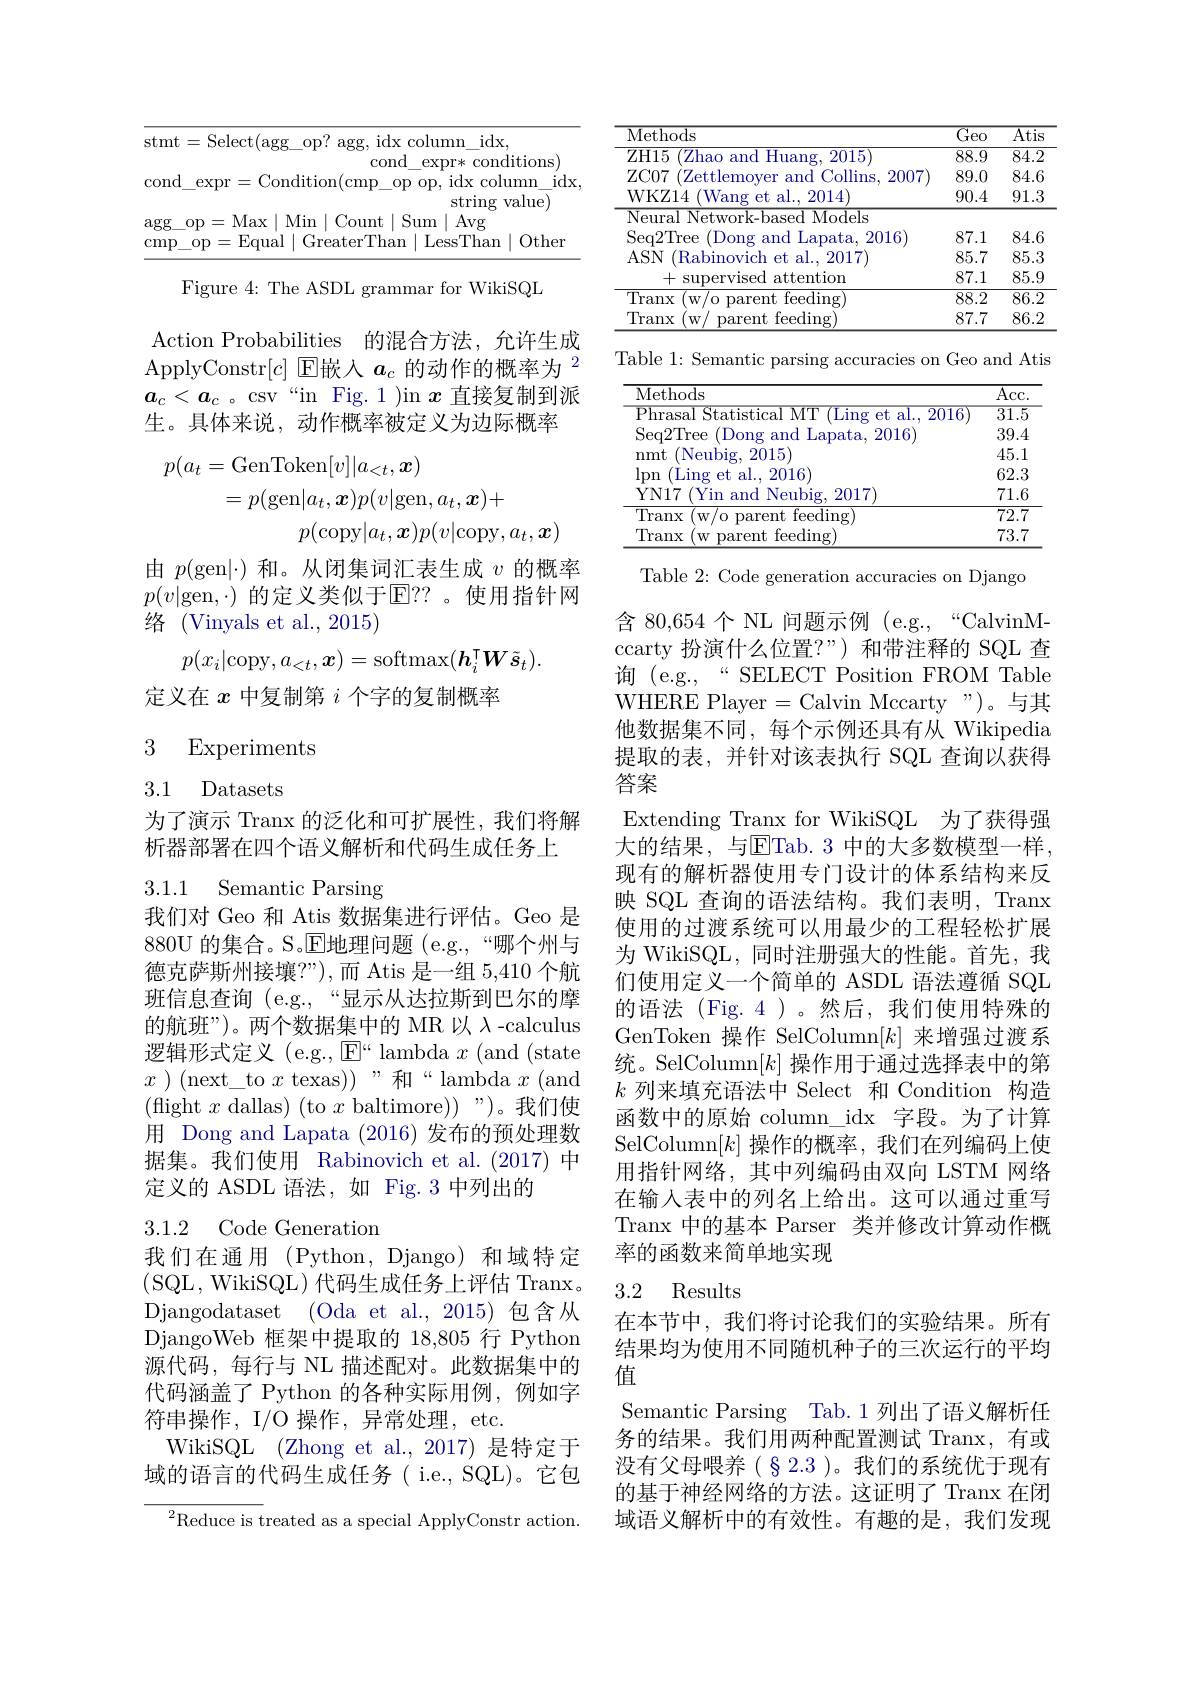
<table>
	<tbody>
		<tr>
			<th>stm</th>
			<th>$\operatorname{Select}(\operatorname{agg\_op?}\operatorname{agg,}\operatorname{idx}\operatorname{column\_idx}$, cond expr $\Upsilon x$ cond itions</th>
		</tr>
		<tr>
			<td>Con</td>
			<td>xpr= Condition( cmp$\_$op op, idx column idx string value</td>
		</tr>
		<tr>
			<td>$\arg$</td>
			<td>$1\mid$Avg 5 11 =Max$\mid$Min Count |Sum</td>
		</tr>
		<tr>
			<td>Cm</td>
			<td>Fallal $({\frac{1}{\mathbf{r}}})$ $r^{\prime}|$ham sThan Other</td>
		</tr>
	</tbody>
</table>

Figure 4: The ASDL grammar for WikiSQL

Action Probabilities 的混合方法，允许生成ApplyConstr$[c]$ E嵌入$a_c\text{ 的动作的概率为 }^2$ $a_c<a_c$ 。csv“in Fig.1 )in $x$直接复制到派生。具体来说，动作概率被定义为边际概率
$$\begin{aligned}p(a_{t}&=\mathrm{GenToken}[v]|a_{<t},\boldsymbol{x})\\&=p(\mathrm{gen}|a_t,\boldsymbol{x})p(v|\mathrm{gen},a_t,\boldsymbol{x})+\\&p(\mathrm{copy}|a_{t},\boldsymbol{x})p(v|\mathrm{copy},a_{t},\boldsymbol{x})\end{aligned}$$
由$p($gen$|\cdot)$和。从闭集词汇表生成$v$的概率$p(v|$gen,$\cdot)$ 的定义类似于$\mathbb{E}??$ 。使用指针网${\text{络(Vinyals et al.,2015)}}$
$$p(x_i|\mathrm{copy},a_{<t},\boldsymbol{x})=\mathrm{softmax}(\boldsymbol{h}_i^\intercal\boldsymbol{W}\tilde{\boldsymbol{s}}_t).$$
定义在$x$中复制第$i$个字的复制概率

3 Experiments

3.1 Datasets

为了演示 Tranx 的泛化和可扩展性，我们将解
析器部署在四个语义解析和代码生成任务上

# 3.1.1 Semantic Parsing

我们对 Geo 和 Atis 数据集进行评估。Geo 是880U 的集合。S。E地理问题 (e.g.,“哪个州与德克萨斯州接壤？"),而 Atis 是一组 5,410 个航班信息查询 (e.g.,“显示从达拉斯到巴尔的摩的航班”)。两个数据集中的 MR 以 -calculus 逻辑形式定义 (e.g., $\mathrm{E}^{\mathrm{«}}$ lambda $x$ (and (state $x$ ) (next\_to$x$ texas)) $”$和“lambda$x$ (and (flight $x$ dallas) (to $x$ baltimore))”)。我们使用 Dong and Lapata (2016)发布的预处理数据集。我们使用 Rabinovich et al.(2017) 中定义的 ASDL 语法，如 Fig.3 中列出的

3.1.2 Code Generation
我们在通用(Python,Django)和域特定(SQL,WikiSQL)代码生成任务上评估 Tranx。Djangodataset (Oda et al.,2015)包含从DjangoWeb 框架中提取的 18,805 行 Python 源代码，每行与 NL 描述配对。此数据集中的代码涵盖了 Python 的各种实际用例，例如字符串操作，I/O 操作，异常处理，etc.
WikiSQL (Zhong et al.,2017) 是特定于域的语言的代码生成任务( i.e., SQL)。它包
$^{2}$Reduce is treated as a special ApplyConstr action.

<table>
	<tbody>
		<tr>
			<th>${\mathrm{Methods}}$</th>
			<th>$\overline{\mathrm{Geo}}$</th>
			<th>$\overline{\mathrm{Atis}}$</th>
		</tr>
		<tr>
			<td>$\overline{ZH15}$ ${^{\prime}\text{Zhao and Huang, 2015}}$ 1</td>
			<td>88.9</td>
			<td>$\overline{84.2}$</td>
		</tr>
		<tr>
			<td>$ZC07$ Zettlemover and Collins, 2007)</td>
			<td>89.0</td>
			<td>84.6</td>
		</tr>
		<tr>
			<td>WKZ14 $^{\prime }$Wang et al. , 2014</td>
			<td>90.4</td>
			<td>91.3</td>
		</tr>
		<tr>
			<td>Neural Network-based Models</td>
			<td> </td>
			<td> </td>
		</tr>
		<tr>
			<td>Seq2Tree Dong and Lapata. 2016</td>
			<td>87.1</td>
			<td>84.6</td>
		</tr>
		<tr>
			<td>$ASN$ Rabinovich et al., 2017</td>
			<td>85.7</td>
			<td>85.3</td>
		</tr>
		<tr>
			<td>+supervised attention</td>
			<td>87.1</td>
			<td>85.9</td>
		</tr>
		<tr>
			<td>$\overline{\text{Tranx}}$ parent feeding $W/0$ 1</td>
			<td>88.2</td>
			<td>$\overline{86.2}$</td>
		</tr>
		<tr>
			<td>Tranx feeding $W$ parent</td>
			<td>87.7</td>
			<td>86.2</td>
		</tr>
	</tbody>
</table>

<table>
	<tbody>
		<tr>
			<th>$\overline{\mathrm{Methods}}$</th>
			<th>$\overline{\mathrm{Acc}}$</th>
		</tr>
		<tr>
			<td>20118</td>
			<td>$\overline{31.5}$</td>
		</tr>
		<tr>
			<td>$2^{r}|$ree 2016</td>
			<td>39.4</td>
		</tr>
		<tr>
			<td>2015 nmt Neubis</td>
			<td>45.1</td>
		</tr>
		<tr>
			<td>2016</td>
			<td>62.3</td>
		</tr>
		<tr>
			<td>2017) N 17 Velihic</td>
			<td>71.6</td>
		</tr>
		<tr>
			<td>$\overline{\text{Tranx}}$ parent feeding) $W/0$</td>
			<td>$\overline{72.7}$</td>
		</tr>
		<tr>
			<td>feeding)</td>
			<td>73.7</td>
		</tr>
	</tbody>
</table>

Table 2: Code generation accuracies on Django

含 80,654 个 NL 问题示例 (e.g.,“CalvinMccarty 扮演什么位置？”)和带注释的 SQL 查询(e.g.,“SELECT Position FROM Table WHERE Player=Calvin Mccarty")。与其他数据集不同，每个示例还具有从 Wikipedia 提取的表，并针对该表执行 SQL 查询以获得答案
Extending Tranx for WikiSQL 为了获得强大的结果，与$\overline{\mathrm{E}}$Tab.3 中的大多数模型一样现有的解析器使用专门设计的体系结构来反映 SQL 查询的语法结构。我们表明，Tranx 使用的过渡系统可以用最少的工程轻松扩展为 WikiSQL, 同时注册强大的性能。首先，我们使用定义一个简单的 ASDL 语法遵循 SQL 的语法(Fig.4)。然后，我们使用特殊的GenToken 操作 SelColumn$[k]$来增强过渡系统。SelColumn$[k]$操作用于通过选择表中的第$k$列来填充语法中 Select 和 Condition 构造函数中的原始 column\_idx\_字段。为了计算SelColumn$[k]$操作的概率，我们在列编码上使用指针网络，其中列编码由双向 LSTM 网络在输入表中的列名上给出。这可以通过重写Tranx 中的基本 Parser 类并修改计算动作概率的函数来简单地实现

## 3.2 Results

在本节中，我们将讨论我们的实验结果。所有结果均为使用不同随机种子的三次运行的平均值
Semantic Parsing Tab.1 列出了语义解析任务的结果。我们用两种配置测试 Tranx, 有或没有父母喂养(§2.3)。我们的系统优于现有的基于神经网络的方法。这证明了 Tranx 在闭域语义解析中的有效性。有趣的是，我们发现